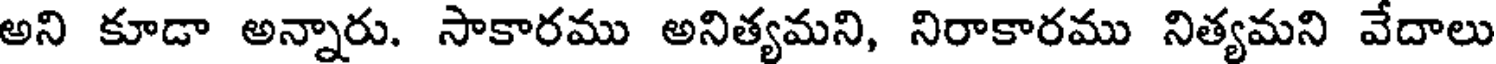
అని కూడా అన్నారు. సాకారము అనిత్యమని, నిరాకారము నిత్యమని వేదాలు